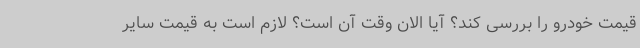
قیمت خودرو را بررسی کند؟ آیا الان وقت آن است؟ لازم است به قیمت سایر